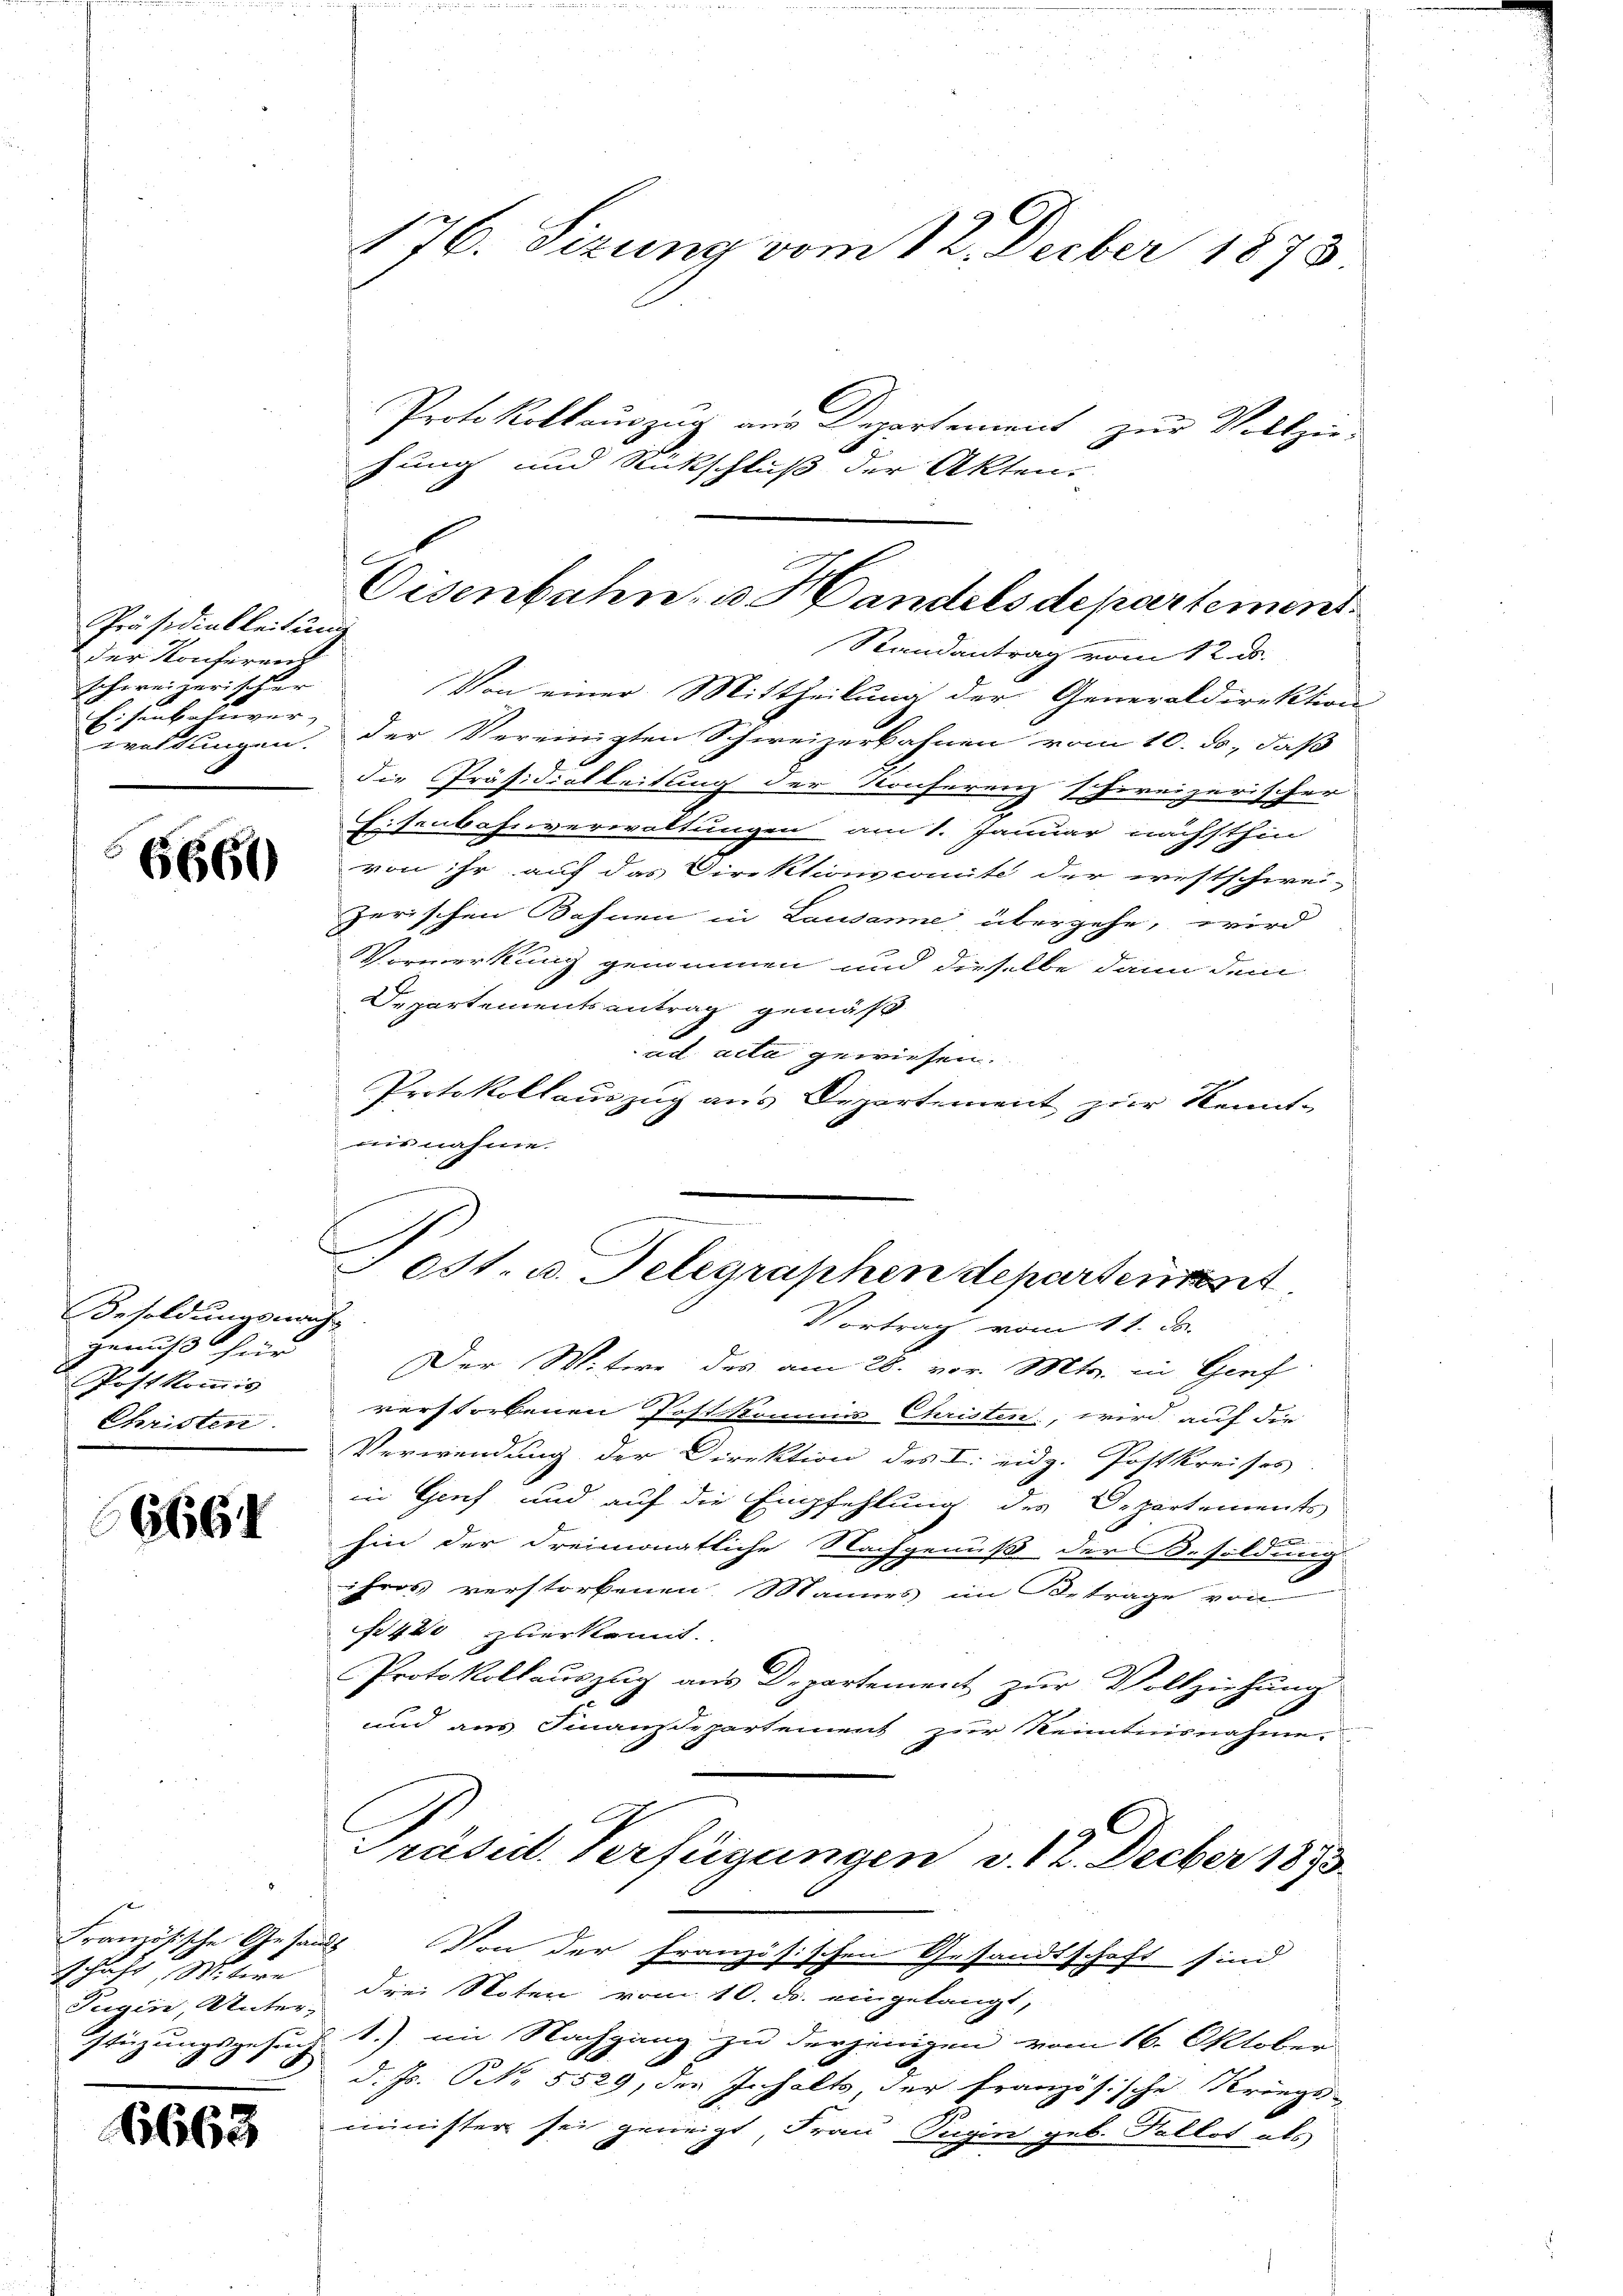
Präsidialleitum
der Konferen
Schweizerischer
Eisenbahnver-
waltungen.

6660)

Besoldungsnach-
genuß für
Postkommis
Christen

6661

schaft, Maure

6663

176. Sizung vom 12. Decber 1873

hung und Rückschluß der Akten.

Eisenbahn, u. Handels departement

E
0st. u. Telegraphen departenst
Vortrag vom 11. ds.

Der Witwe des am 28. vor. Mts. in Genf
verstorbenen Postkommis Christen, wird auf die
Verwendung der Direktion des I. eidg. Postkreises
in Genf und auf die Empfehlung des Departements-
hin der dreimonatliche Nachgenuß der Besoldung.
ihres verstorbenen Mannes im Betrage von
fr 400 zuerkennt.
Protokollauszug aus Departement zur Vollziehung
und aus Finanzdepartement zur Kenntnisnahme.
Präsid. Verfügungen v. 12. Decber 1873.
Framösische Gesandt Von der Französischen Gesandtschaft sind
Tugen, Unter drei Noten vom 10. d. eingelangt,
stüzungsgesuch 1.), im Nachgang zu derjenigen vom 16. Oktober
d. Js. NNo. 5529, der Inhalts, der französische Kriegs-
minister sei geneigt, Frau Pugin geb. Kollos als

Protokollauszug aus Departement zur Vollzie-
Randantrag vom 12. ds.
Von einer Mittheilung der Generaldirektion
der Vereinigten Schweizerbahnen vom 10. ds., daß
die Präsidiotleitung der Konferenz schireizerischer
Eisenbahnverwaltungen am 1. Januar nächsthin
von ihr auf das Direktionscomite der westschwei-
zerischen Bahnen in Lausanne übergehe, wird
Vormerkung genommen und dieselbe dann dem
Departementsantrag gemäß
ad acta gewiesen.
Protokollauszug aus Departement zur Kennt-
aisnahme
e